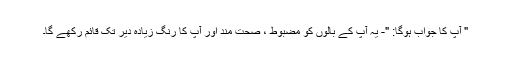
" آپ کا جواب ہوگا: "- یہ آپ کے بالوں کو مضبوط ، صحت مند اور آپ کا رنگ زیادہ دیر تک قائم رکھے گا۔